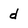
Character: d